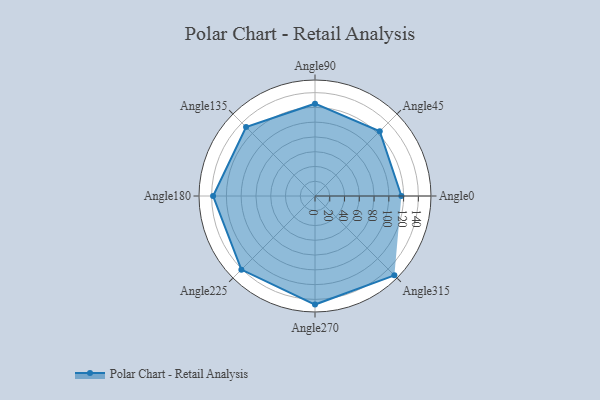
{"axis": {"x": "Angle", "y": "Radius"}, "legend": [""], "data": [{"x": "Angle0", "y": 117.0, "type": ""}, {"x": "Angle45", "y": 124.0, "type": ""}, {"x": "Angle90", "y": 125.0, "type": ""}, {"x": "Angle135", "y": 132.0, "type": ""}, {"x": "Angle180", "y": 138.0, "type": ""}, {"x": "Angle225", "y": 141.0, "type": ""}, {"x": "Angle270", "y": 147.0, "type": ""}, {"x": "Angle315", "y": 152.0, "type": ""}]}